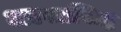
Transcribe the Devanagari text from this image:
अल्पप्रसिद्ध